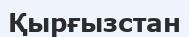
Қырғызстан